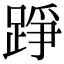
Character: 踭